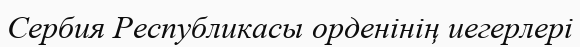
Сербия Республикасы орденінің иегерлері